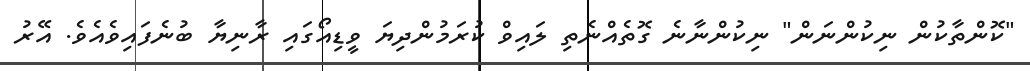
"ކޮންތާކުން ނިކުންނަން" ނިކުންނާނެ ގޮތެއްނެތި ލައިވް ކުރަމުންދިޔަ ވީޑިއޯގައި ރާނިޔާ ބުނެފައިވެއެވެ. އޭރު